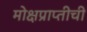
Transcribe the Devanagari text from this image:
मोक्षप्राप्तीची